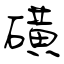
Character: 磺